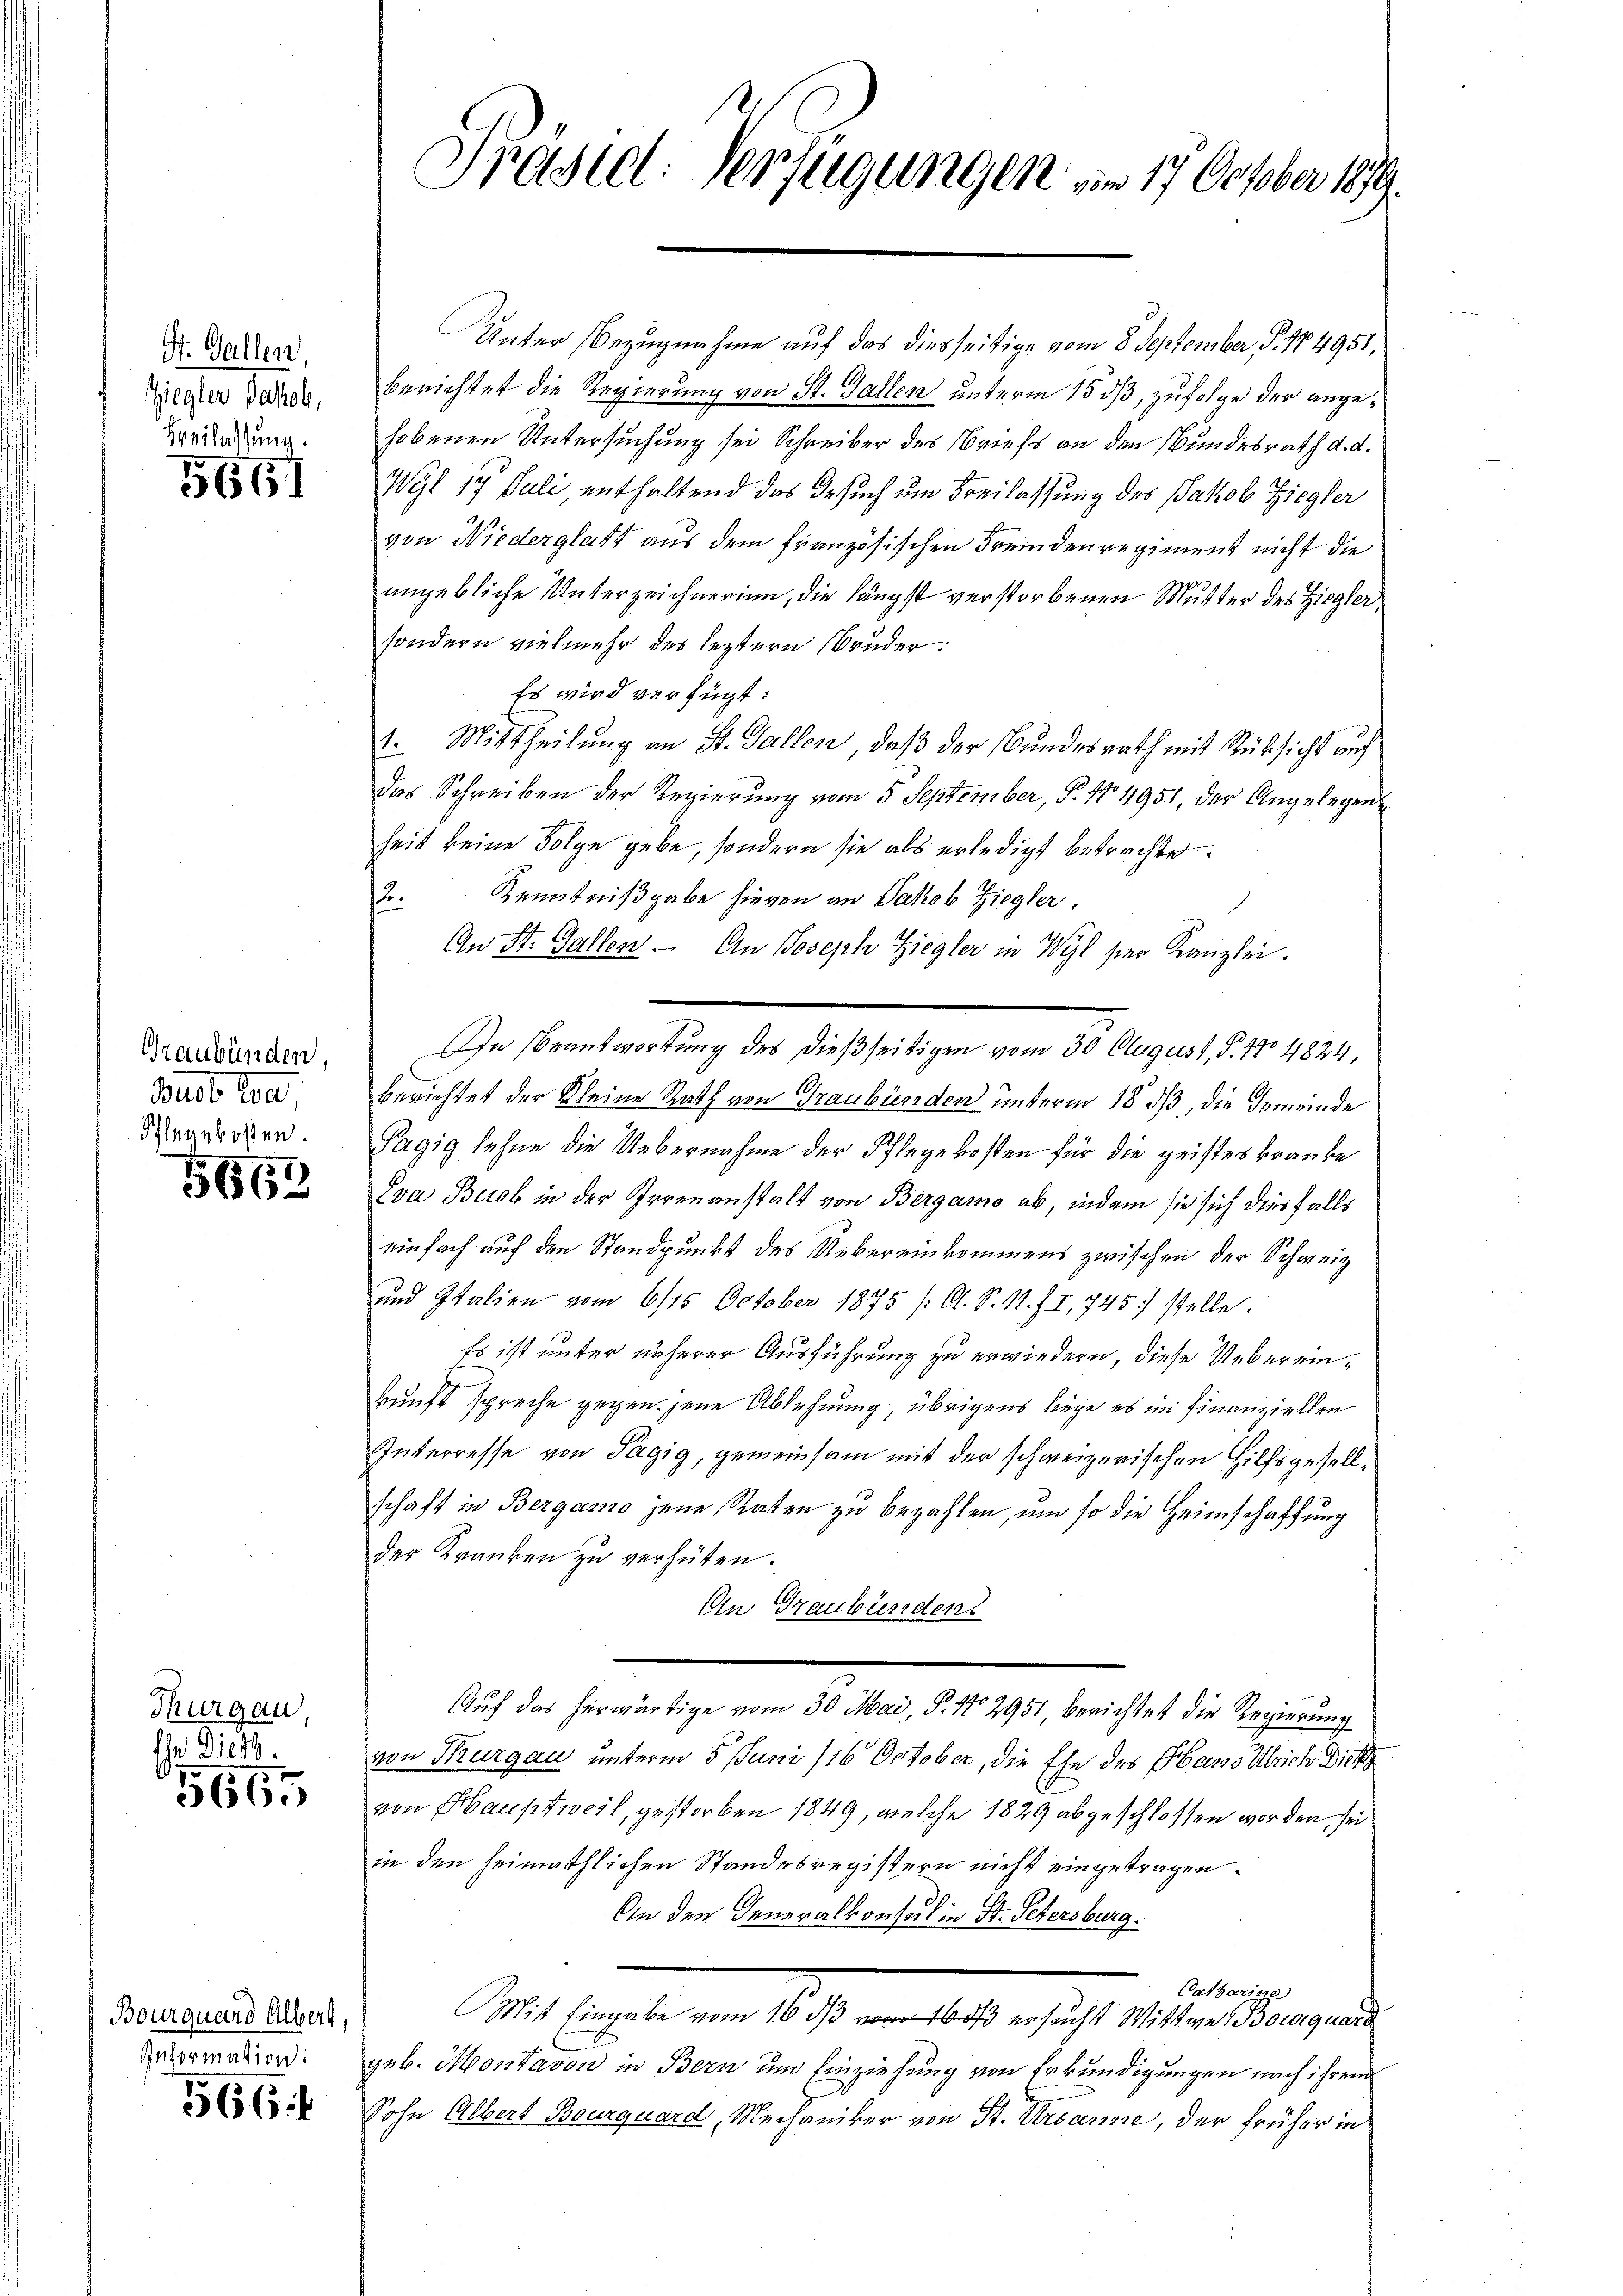
St. Gallen,
Ziegler Jakob,
Beilassung.

566)

Graubünden,
Brust tre
Pflegekosten.

15569

Thurgau,
Ehr Dies

5665

Bourquard Albert,
Information.

566

Präsid. Verfügungen am 17. October 189.

Unter Bezugnahme auf das diesseitige vom 8. September, P. Nr. 4951,
berichtet die Regierung von St. Gallen unterm 15 dß, zufolge der angehobenen Untersuchung sei Schreiber des Briefs an den Bundesrath d. d.
Wyl 17 Juli enthaltend das Gesuch um Freilassung des Jakob Ziegler
von Niederglatt aus dem französischen Fremdenregiment nicht die
angebliche Unterzeichnerinn, die längst verstorbenen Mutter des Ziegler,
sondern vielmehr des leztern Bruder.
Es wird verfügt:
.. Mittheilung an St. Gallen, daß der Bundesrath mit Rücksicht auf
das Schreiben der Regierung vom 5. September, P. 14951, der Angelegen
heit keine Folge gebe, sondern sie als erledigt betrachte.
2: Kenntnißgabe hievon an Jakob Ziegler,
An St. Gallen. An Joseph Ziegler in Wyl ser Kanzlei.
berichtet der Kleine Rath von Graubünden unterm 18. ds, die Gemeinde
Pagig sehne die Uebernahme der Pflegekosten für die geistes kranke
Eva Berob in der Irrenanstalt von Bergamo ab, indem sie sich diesfalls
einfach auch den Standpunkt des Uebereinkommens zwischen der Schweig
und Italien vom 6/15. October 1875 (O. S. 11. J. I, 745 stelle
Es ist unter näherer Ausführung zu erwiedern, diese Uebereinkunft spreche gegen jene Ablehnung, übrigens liege es im Finanziellen
Interresse von Tagig, gemeinsam mit der schweizerischen Hilfsgesellschaft in Bergamo jene Raten zu bezahlen, um so die Heimschaffung
der Kranken zu verhüten.
An Graubündens
Auf das herwärtige vom 30. Mai, P. No 2951 berichtet die Regierung
von Thurgau unterm 5. Juni 116 October, die Ehe des Hans Ulrich Dich
von Hauptweil, gestorben 1849, welche 1829 abgeschlossen worden, sei
i den heimathlichen Standesregistern nicht eingetragen.
An den Inneralkonsul in St. Petersburg.
Catharine
Mit Eingabe vom 16 ds vom 160 ersucht Wittwe Bourquard
geb. Montavon in Bern um Einziehung von Erkundigungen nach ihrem
Sohn Albert Bourquard, Mechaniker von St. Urbanne, der früher in

In Beantwortung des dießseitigen vom 30 August, P. No 4824,